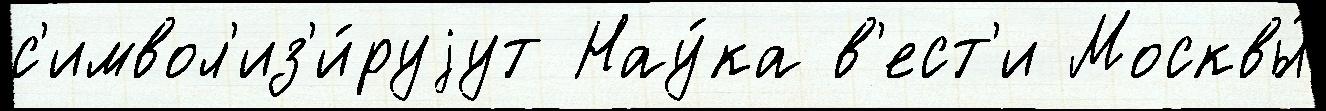
с'имвол'из'и́руjут Нау́ка в'ест'и Москвы́